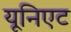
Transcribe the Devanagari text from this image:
यूनिएट